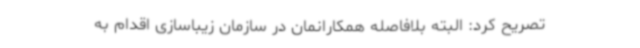
تصریح کرد: البته بلافاصله همکارانمان در سازمان زیباسازی اقدام به